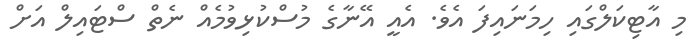
މި އާޓިކަލްގައި ހިމަނައިފަ އެވެ. އެއީ އޭނާގެ މުސްކުޅިވުމެއް ނެތް ސްޓައިލް އަށް